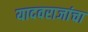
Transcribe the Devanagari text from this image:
यादवराजांचा